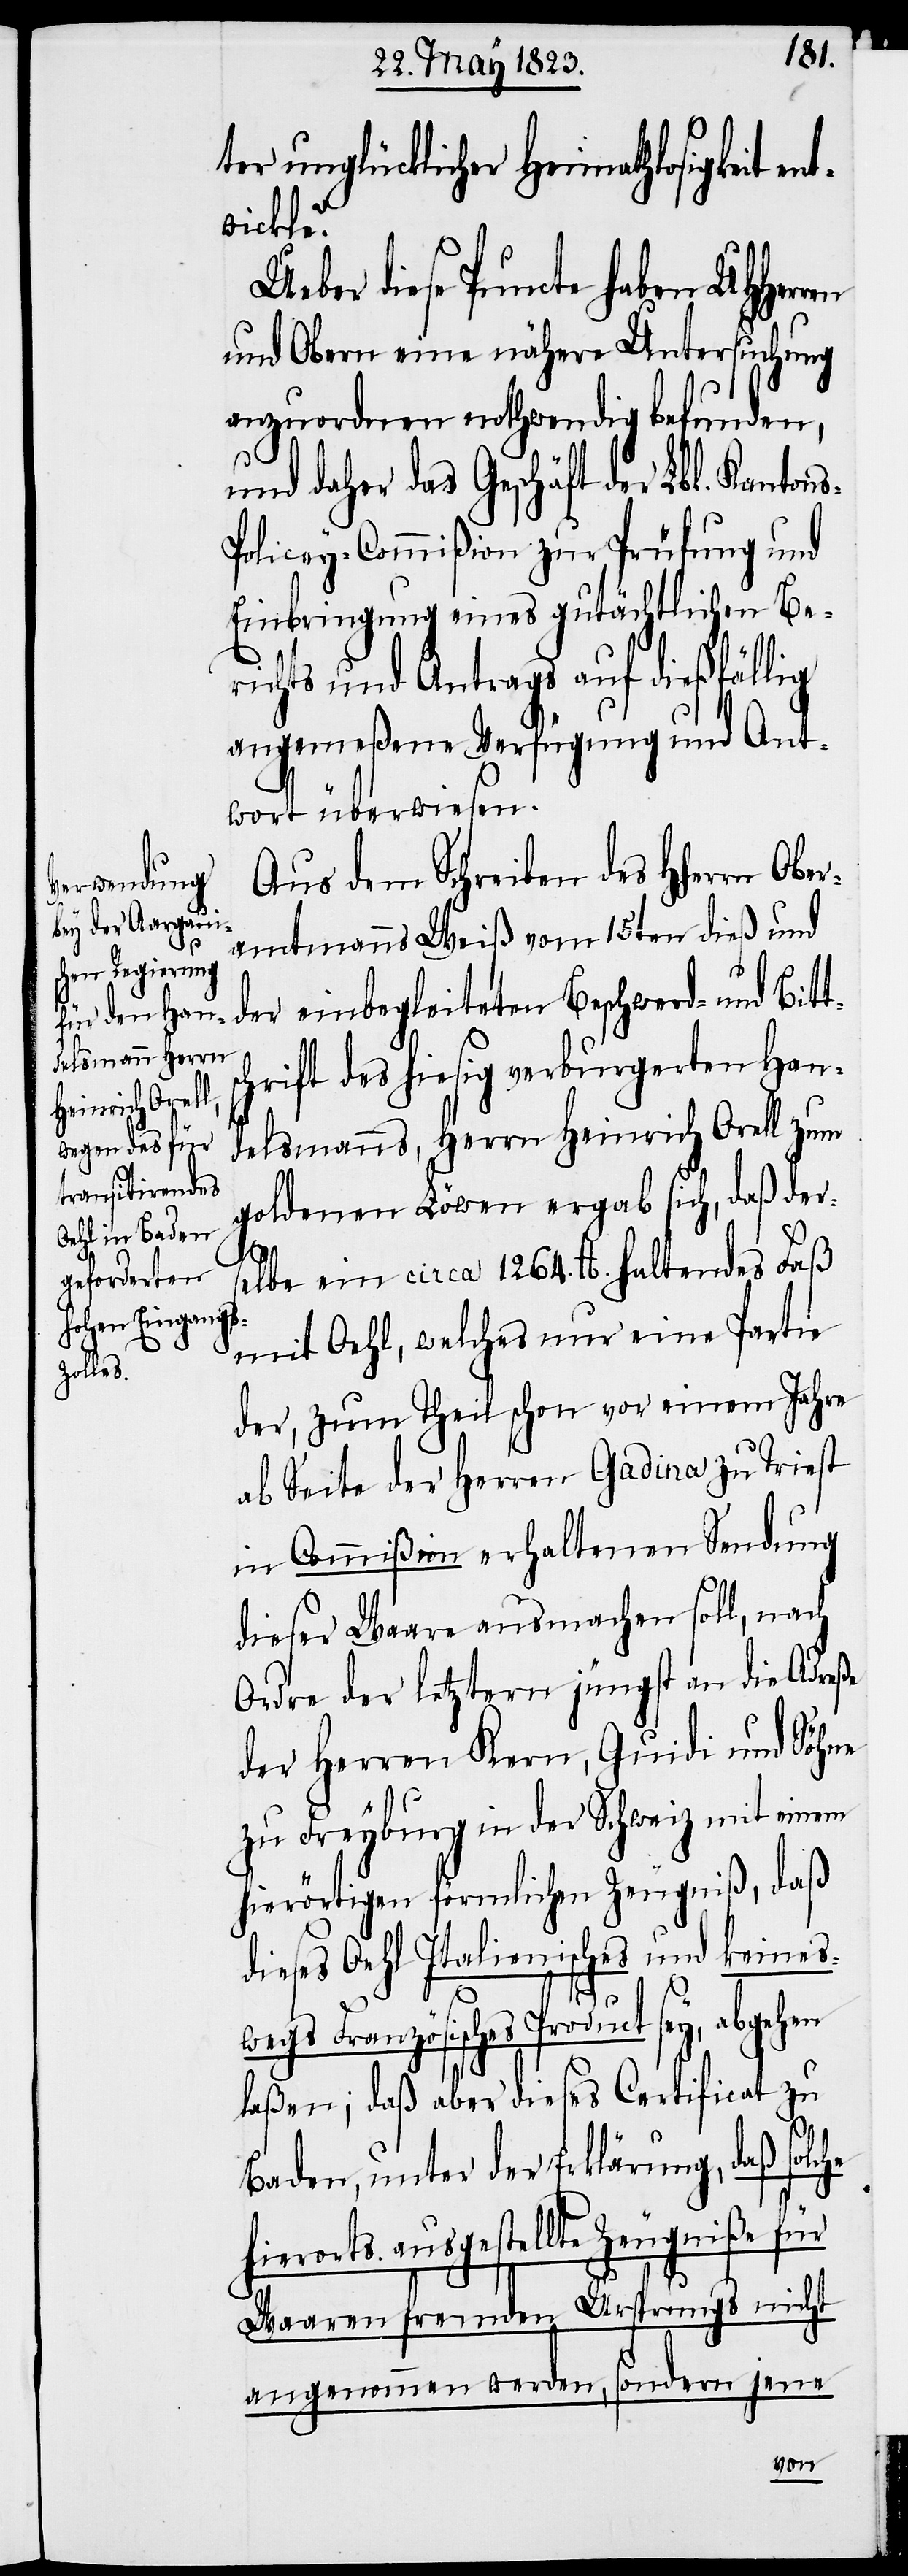
ter unglücklicher Heimathlosigkeit
Ueber diese Puncte haben UHHerr¬
und Obern eine nähere Untersuchung
anzuordnen nothwendig befunden,
und daher das Geschäft der Lbl. Kanton¬
olicey-Commißion zur Prüfung und
Einbringung eines gutächtlichen Be¬
richts und Antrags auf dießfällig
angemeßene Verfügung und Ant¬
wort überwiesen.
Aus dem Schreiben des Hherrn Ober¬
amtmanns Weiß vom 15ten dieß und
ts¬
der einbegleiteten Beschwerd- und Bit¬
chrift des hiesig verburgerten Han¬
delsmanns, Herrn Heinrich Orell zum
goldenen Löwen ergab sich, daß ders¬
he h¬
elbe ein circa 1264. lb. haltendes Faß
mit Oehl, welches nur eine Partie
der, zum Theil schon vor einem Jahre
ab Seite der Herren Gadina zu Triest
in Commißion erhaltenen Sendung
dieser Waare ausmachen soll, nach
Ordre der letztern jüngst an die Adreße
der Herren Kern, Guidi und Söhne
zu Freyburg in der Schweiz mit einem
hierörtigen förmlichen Zeugniß¸daß
dieses Oehl Italienisches und keines¬
wegs Französisches Product sey,
laßen; daß aber dieses Certificat zu
Baden, unter der Erklärung, daß solc¬
ierorts ausgestellte Zeugniße
Waaren fremden Ursprungs nicht
sondern jene
angenommen werden,
en